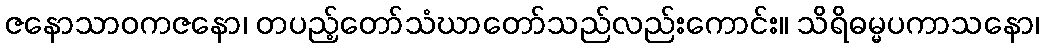
ဇနောသာဝကဇနော၊ တပည့်တော်သံဃာတော်သည်လည်းကောင်း။ သိရိဓမ္မပကာသနော၊